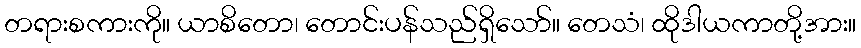
တရားစကားကို။ ယာစိတော၊ တောင်းပန်သည်ရှိသော်။ တေသံ၊ ထိုဒါယကာတို့အား။